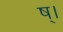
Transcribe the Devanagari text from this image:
ष्।